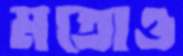
মতোও